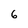
Character: 6